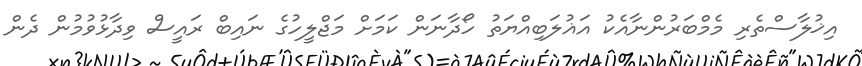
އިޚުލާސްތެރި މެމްބަރުންނާއެކު އަޣުލަބިއްޔަތު ހޯދާނަން ކަމަށް މަޖްލީހުގެ ނައިބް ރައީސް ވިދާޅުވުމުން ދެން